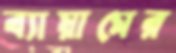
ব্যায়ামের